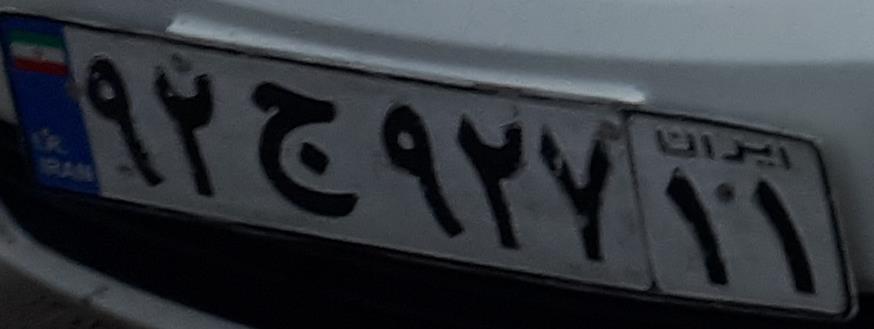
۹۲ج۹۲۷۱۱